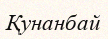
Қунанбай